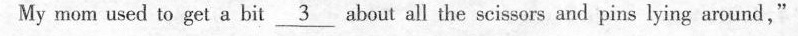
My mom used to get a bit _3_about all the scissors and pins lying around,"